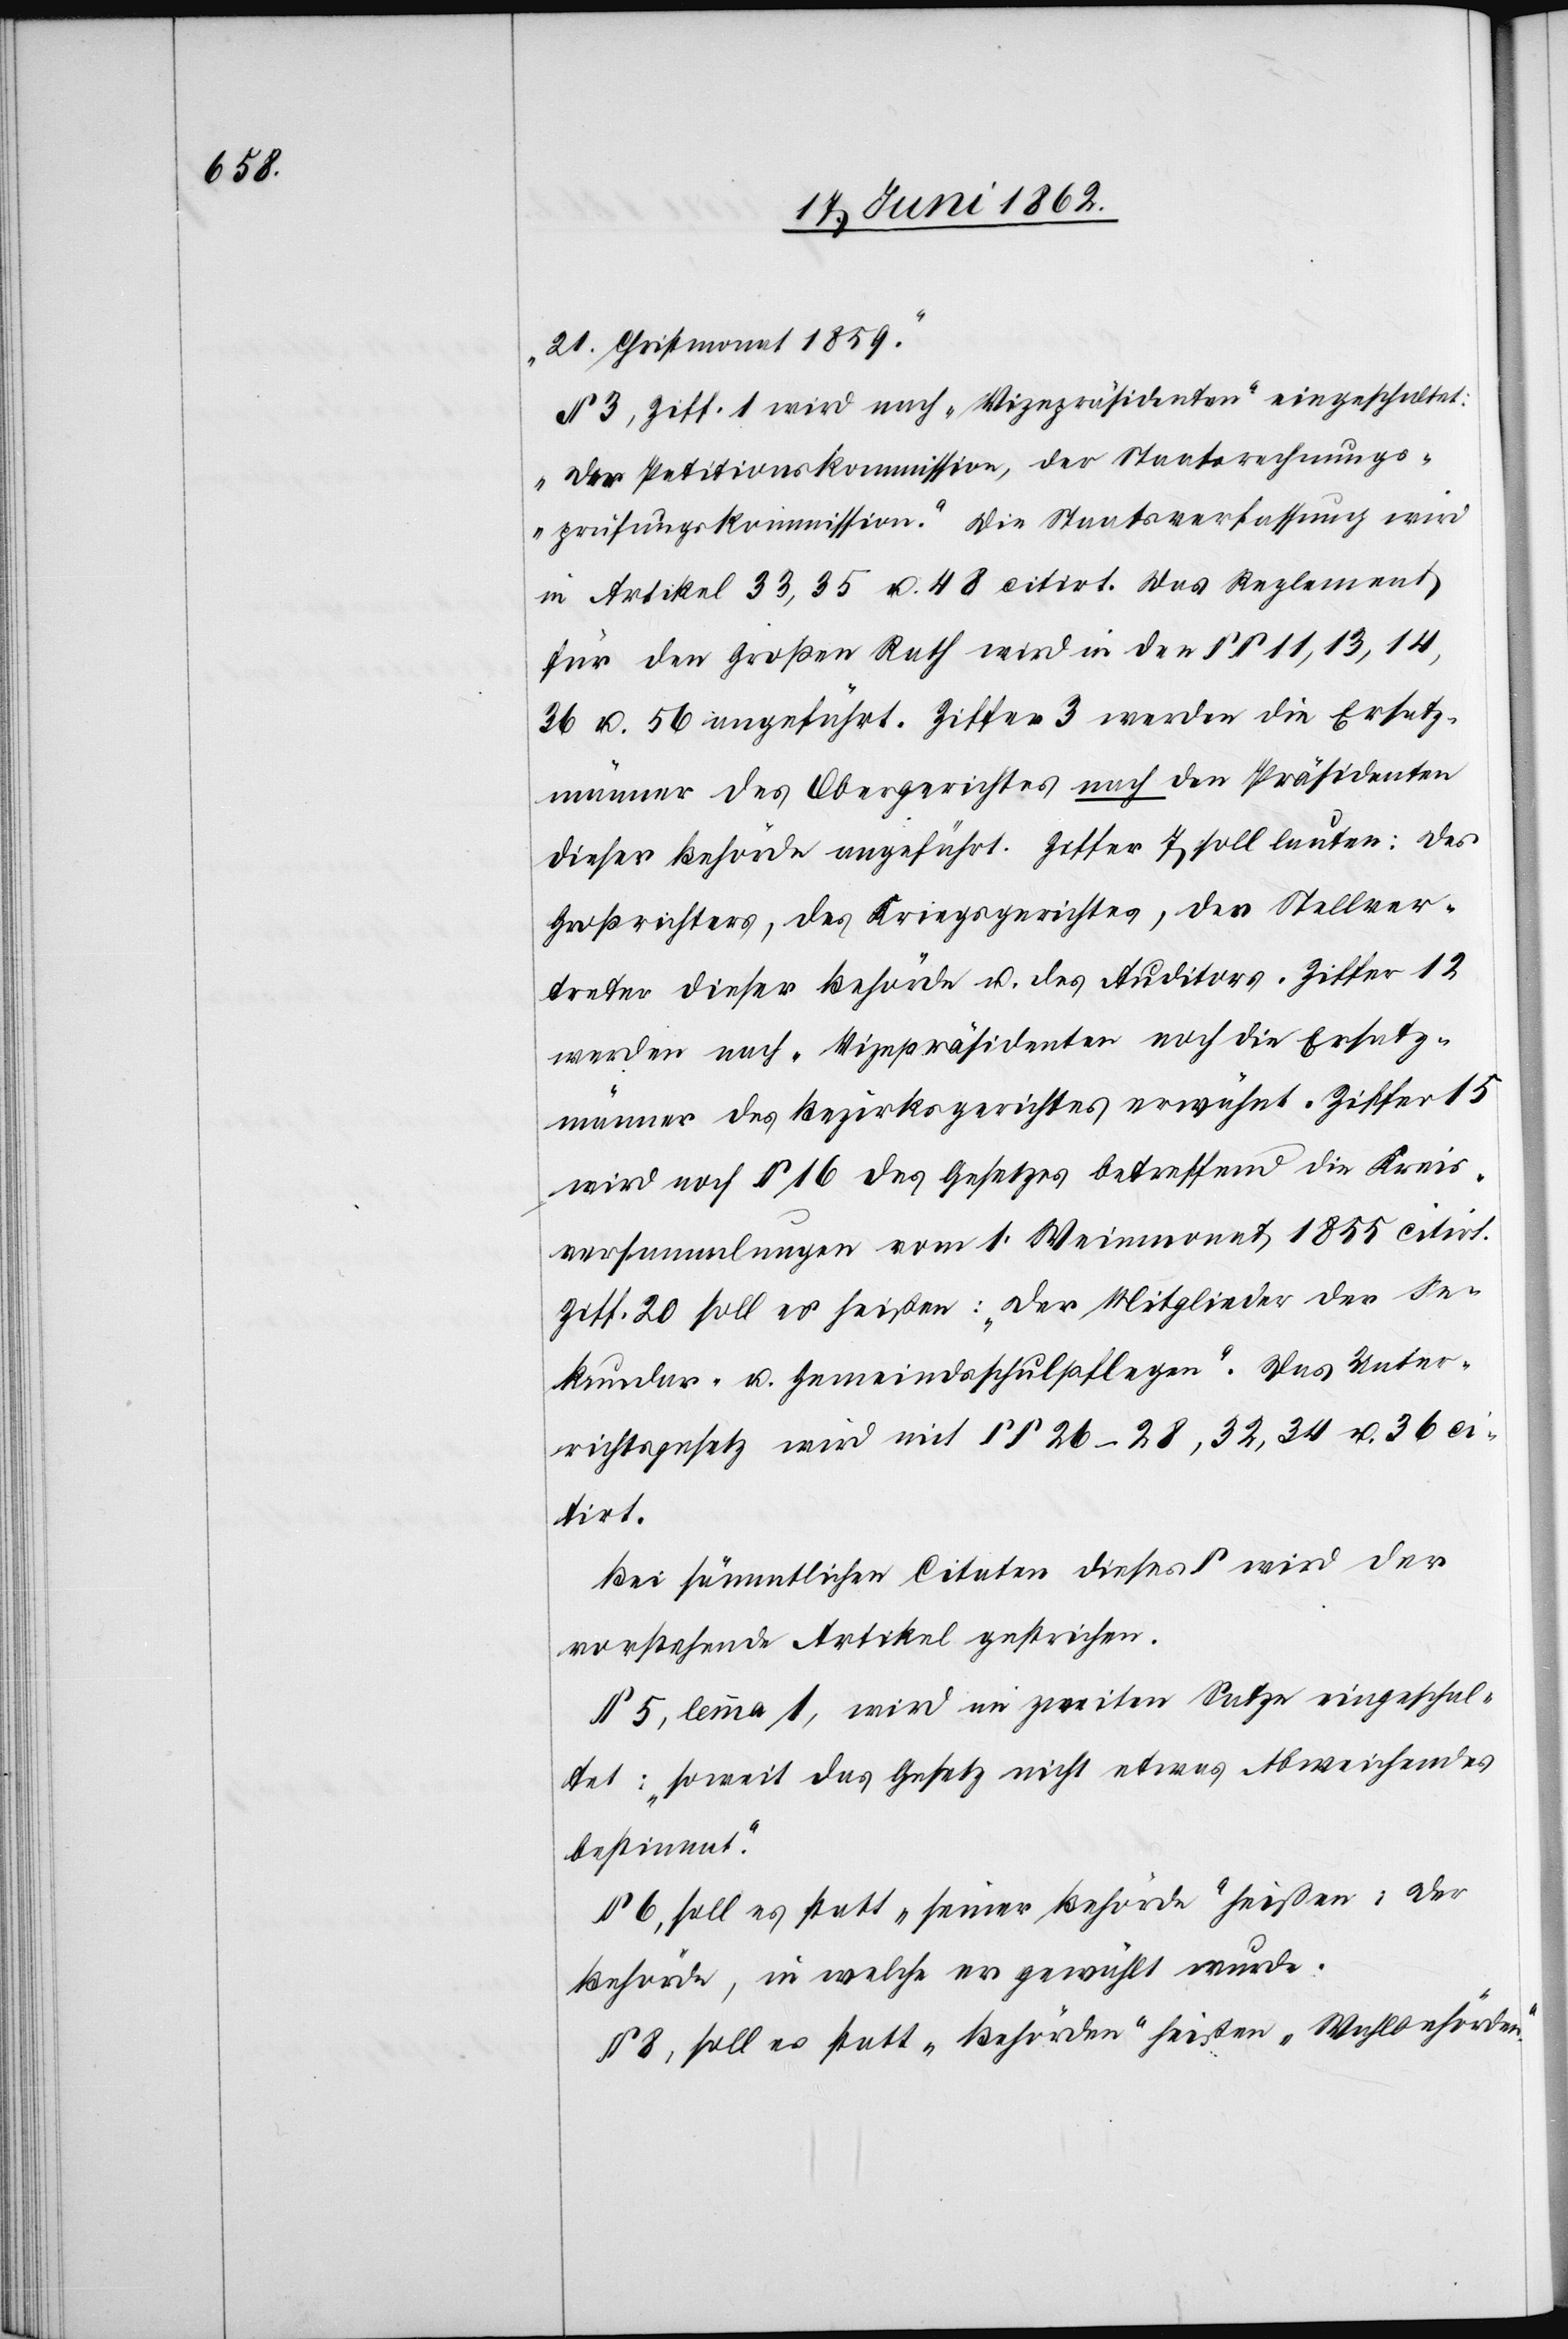
„21. Christmonat 1859.“
§ 3, Ziff. 1 wird nach „Vizepräsidenten“ eingeschaltet:
„der Petitionskommission, der Staatsrechnungs¬
prüfungskommission.“ Die Staatsverfassung wird
in Artikel 33, 35 u. 48 citirt. Das Reglement
für den Großen Rath wird in den §§ 11, 13, 14,
36 u. 56 angeführt. Ziffer 3 werden die Ersatz¬
männer des Obergerichtes nach den Präsidenten
dieser Behörde angeführt. Ziffer 7 soll lauten: des
Großrichters, des Kriegsgerichtes, der Stellver¬
treter dieser Behörde u. des Auditors. Ziffer 12
werden nach „Vizepräsidenten[“] noch die Ersatz¬
männer des Bezirksgerichtes erwähnt. Ziffer 15
wird noch § 16 des Gesetzes betreffend die Kreis¬
versammlungen vom 1. Weinmonat 1855 citirt.
Ziff. 20 soll es heißen: „Der Mitglieder der Se¬
kundar- u. Gemeindsschulpflegen“. Das Unter¬
richtsgesetz wird mit §§ 26–28, 32, 34 u. 36 ci¬
tirt.
Bei sämmtlichen Citaten dieses § wird der
vorstehende Artikel gestrichen.
§ 5, lemma 1, wird im zweiten Satze eingeschal¬
tet: „soweit das Gesetz nicht etwas Abweichendes
bestimmt.“
§ 6, soll es statt „seiner Behörde“ heißen: der
Behörde, in welche er gewählt wurde.
§ 8, soll es statt „Behörden“ heißen „Wahlbehörden“.